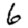
Digit: 6